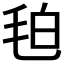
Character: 𭯖